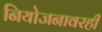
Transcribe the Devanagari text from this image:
नियोजनावरही